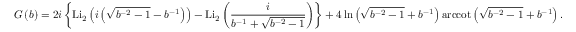
G \left( b \right) = 2 i \left\{ \mathrm { L } { { \mathrm { i } } _ { 2 } } \left( i \left( \sqrt { { { b } ^ { - 2 } } - 1 } - { { b } ^ { - 1 } } \right) \right) - \mathrm { L } { { \mathrm { i } } _ { 2 } } \left( \frac { i } { { { b } ^ { - 1 } } + \sqrt { { { b } ^ { - 2 } } - 1 } } \right) \right\} + 4 \ln \left( \sqrt { { { b } ^ { - 2 } } - 1 } + { { b } ^ { - 1 } } \right) \mathrm { a r c c o t } \left( \sqrt { { { b } ^ { - 2 } } - 1 } + { { b } ^ { - 1 } } \right) .